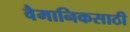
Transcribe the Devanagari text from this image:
वैमानिकसाठी